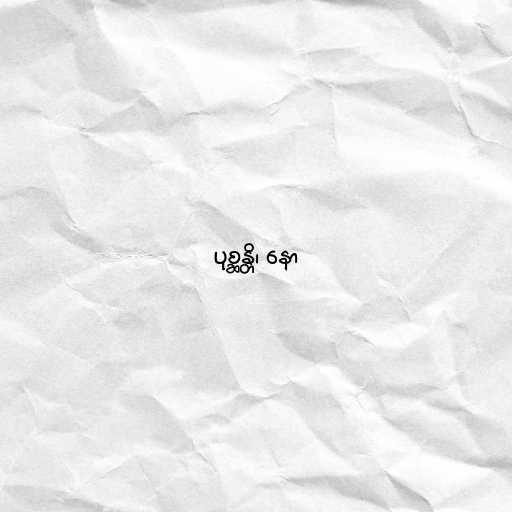
ပုစ္ဆန္တိ၊ နော